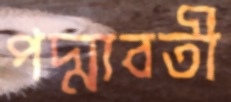
পদ্মাবতী